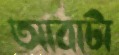
আবাটা